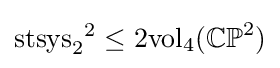
\mathrm {stsys} _{2}{}^{2}\leq 2\mathrm {vol} _{4}(\mathbb {CP} ^{2})